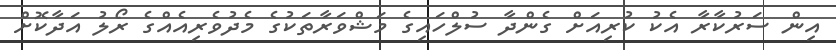
އިން ސަރުކާރާ އެކު ކުރިއަށް ގެންދާ ސުލްހައިގެ މަޝްވަރާތަކުގެ މެދުވެރިއެއްގެ ރޯލު އަދާކޮށް